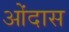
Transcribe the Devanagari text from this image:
ओंदास